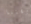
حديقتنا